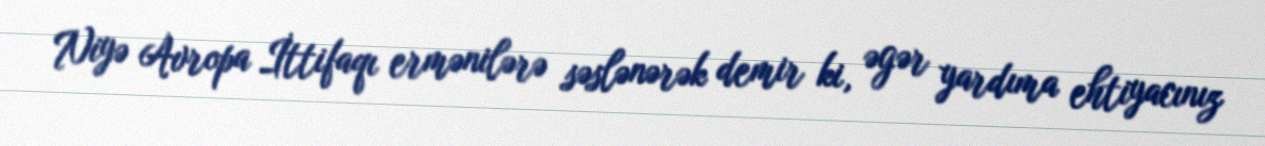
Niyə Avropa İttifaqı ermənilərə səslənərək demir ki, əgər yardıma ehtiyacınız